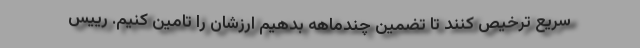
سریع ترخیص کنند تا تضمین چندماهه بدهیم ارزشان را تامین کنیم. رییس